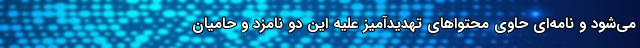
می‌شود و نامه‌ای حاوی محتوا‌های تهدید‌آمیز علیه این دو نامزد و حامیان